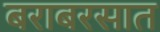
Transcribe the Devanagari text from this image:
बराबरसात